Report of the Indian Hemp Drugs Commission, 1894-1895 - Volume V
Year: 1894
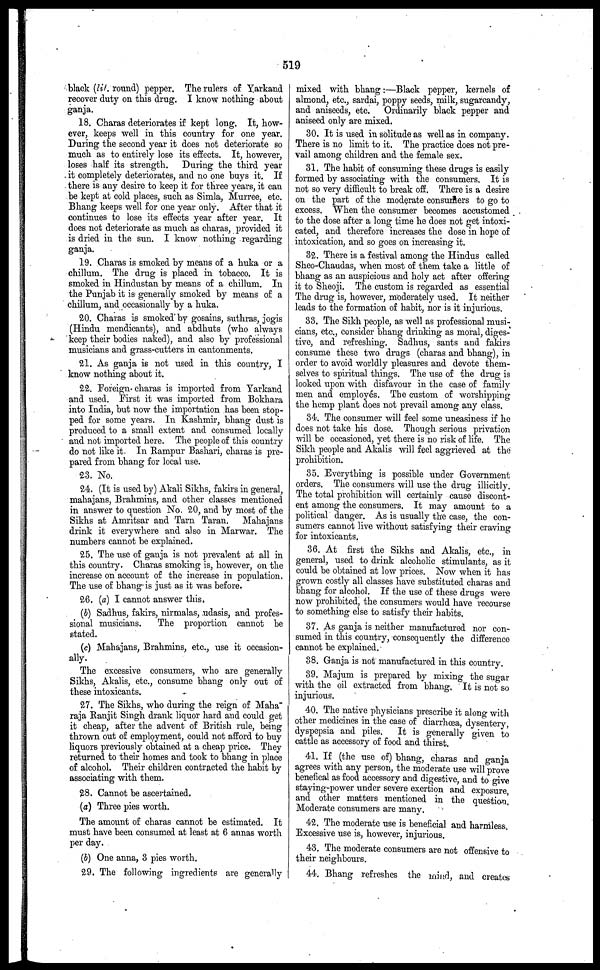
519
black (lit. round) pepper. The rulers of Yarkand
recover duty on this drug. I know nothing about
ganja.
18. Charas deteriorates if kept long. It, how-
ever, keeps well in this country for one year.
During the second year it does not deteriorate so
much as to entirely lose its effects. It, however,
loses half its strength. During the third year
it completely deteriorates, and no one buys it. If
there is any desire to keep it for three years, it can
be kept at cold places, such as Simla, Murree, etc.
Bhang keeps well for one year only. After that it
continues to lose its effects year after year. It
does not deteriorate as much as charas, provided it
is dried in the sun. I know nothing regarding
ganja.
19. Charas is smoked by means of a huka or a
chillum. The drug is placed in tobacco. It is
smoked in Hindustan by means of a chillum. In
the Punjab it is generally smoked by means of a
chillum, and occasionally by a huka.
20. Charas is smoked by gosains, suthras, jogis
(Hindu mendicants), and abdhuts (who always
keep their bodies naked), and also by professional
musicians and grass-cutters in cantonments.
21. As ganja is not used in this country, I
know nothing about it.
22. Foreign charas is imported from Yarkand
and used. First it was imported from Bokhara
into India, but now the importation has been stop-
ped for some years. In Kashmir, bhang dust is
produced to a small extent and consumed locally
and not imported here. The people of this country
do not like it. In Rampur Bashari, charas is pre-
pared from bhang for local use.
23. No.
24. (It is used by) Akali Sikhs, fakirs in general,
mahajans, Brahmins, and other classes mentioned
in answer to question No. 20, and by most of the
Sikhs at Amritsar and Tarn Taran.
Mahajans
drink it everywhere and also in Marwar. The
numbers cannot be explained.
25. The use of ganja is not prevalent at all in
this country. Charas smoking is, however, on the
increase on account of the increase in population.
The use of bhang is just as it was before.
26. (a) I cannot answer this.
(b) Sadhus, fakirs, nirmalas, udasis, and profes-
sional musicians.
The proportion cannot be
stated.
(c) Mahajans, Brahmins, etc., use it occasion-
ally.
The excessive consumers, who are generally
Sikhs, Akalis, etc., consume bhang only out of
these intoxicants.
27. The Sikhs, who during the reign of Maha"
raja Ranjit Singh drank liquor hard and could get
it cheap, after the advent of British rule, being
thrown out of employment, could not afford to buy
liquors previously obtained at a cheap price. They
returned to their homes and took to bhang in place
of alcohol. Their children contracted the habit by
associating with them.
28. Cannot be ascertained.
(a) Three pies worth.
The amount of charas cannot be estimated. It
must have been consumed at least at 6 annas worth
per day.
(b) One anna, 3 pies worth.
29. The following ingredients are generally
mixed with bhang:—Black pepper, kernels of
almond, etc., sardai, poppy seeds, milk, sugarcandy,
and aniseeds, etc. Ordinarily black pepper and
aniseed only are mixed.
30. It is used in solitude as well as in company.
There is no limit to it. The practice does not pre-
vail among children and the female sex.
31. The habit of consuming these drugs is easily
formed by associating with the consumers. It is
not so very difficult to break off. There is a desire
on the part of the moderate consumers to go to
excess. When the consumer becomes accustomed
to the dose after a long time he does not get intoxi-
cated, and therefore increases the dose in hope of
intoxication, and so goes on increasing it.
32. There is a festival among the Hindus called
Sheo-Chaudas, when most of them take a little of
bhang as an auspicious and holy act after offering
it to Sheoji. The custom is regarded as essential
The drug is, however, moderately used. It neither
leads to the formation of habit, nor is it injurious.
33. The Sikh people, as well as professional musi-
cians, etc., consider bhang drinking as moral, diges-
tive, and refreshing. Sadhus, sants and fakirs
consume these two drugs (charas and bhang), in
order to avoid worldly pleasures and devote them-
selves to spiritual things. The use of the drug is
looked upon with disfavour in the case of family
men and employes. The custom of worshipping
the hemp plant does not prevail among any class.
34. The consumer will feel some uneasiness if he
does not take his dose. Though serious privation
will be occasioned, yet there is no risk of life. The
Sikh people and Akalis will feel aggrieved at the
prohibition.
35. Everything is possible under Government
orders. The consumers will use the drug illicitly.
The total prohibition will certainly cause discont-
ent among the consumers. It may amount to a
political clanger. As is usually the case, the con-
sumers cannot live without satisfying their craving
for intoxicants.
36. At first the Sikhs and Akalis, etc., in
general, used to drink alcoholic stimulants, as it
could be obtained at low prices. Now when it has
grown costly all classes have substituted charas and
bhang for alcohol. If the use of these drugs were
now prohibited, the consumers would have recourse
to something else to satisfy their habits.
37. As ganja is neither manufactured nor con-
sumed in this country, consequently the difference
cannot be explained.
38. Ganja is not manufactured in this country.
39. Majum is prepared by mixing the sugar
with the oil extracted from bhang. It is not so
injurious.
40. The native physicians prescribe it along with
other medicines in the case of diarrhoea, dysentery,
dyspepsia and piles.
It is generally given to
cattle as accessory of food and thirst.
41. If (the use of) bhang, charas and ganja
agrees with any person, the moderate use will prove
benefical as food accessory and digestive, and to give
staying-power under severe exertion and exposure,
and other matters mentioned in the question.
Moderate consumers are many.
42. The moderate use is beneficial and harmless.
Excessive use is, however, injurious.
43. The moderate consumers are not offensive to
their neighbours.
44. Bhang refreshes the mind, and creates